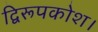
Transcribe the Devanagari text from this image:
द्विरूपकोश।